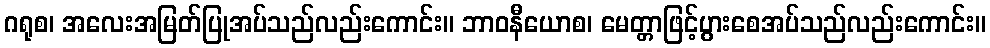
ဂရုစ၊ အလေးအမြတ်ပြုအပ်သည်လည်းကောင်း။ ဘာဝနီယောစ၊ မေတ္တာဖြင့်ပွားစေအပ်သည်လည်းကောင်း။